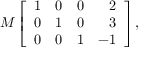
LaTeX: M \left[ { \begin{array} { r r r r } { 1 } & { 0 } & { 0 } & { 2 } \\ { 0 } & { 1 } & { 0 } & { 3 } \\ { 0 } & { 0 } & { 1 } & { - 1 } \end{array} } \right] ,